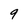
Character: 9